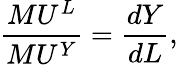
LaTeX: {\frac{MU^{L}}{MU^{Y}}}={\frac{dY}{dL}},